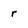
Character: r